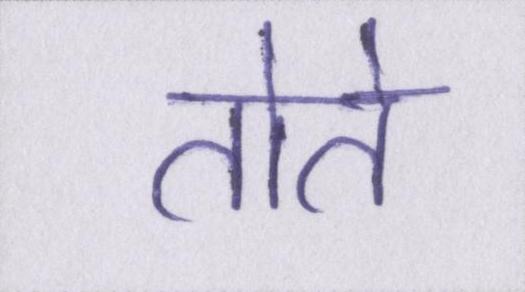
तोते